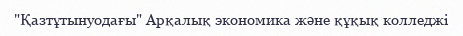
"Қазтұтынуодағы" Арқалық экономика және құқық колледжі